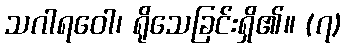
သဂါရဝေါ၊ ရိုသေခြင်းရှိ၏။ (၇)